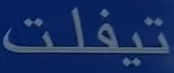
تيفلت